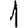
Digit: 1